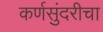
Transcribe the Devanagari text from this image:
कर्णसुंदरीचा